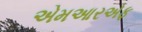
એમઆરએફ